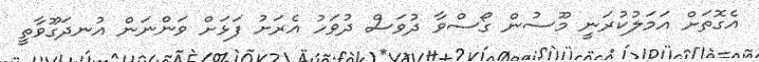
އެގޮތަށް އަމަލުކުރަނީ މޫސުން ގޯސްވާ ދުވަސް ދުވަހު އެރަށު ފަޅަށް ވަންނަން އުނދަގޫވާތީ